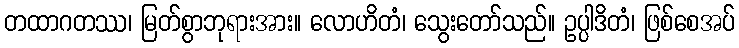
တထာဂတဿ၊ မြတ်စွာဘုရားအား။ လောဟိတံ၊ သွေးတော်သည်။ ဥပ္ပါဒိတံ၊ ဖြစ်စေအပ်